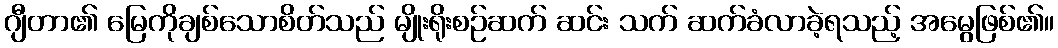
ဂျီတာ၏ မြေကိုချစ်သောစိတ်သည် မျိုးရိုးစဉ်ဆက် ဆင်း သက် ဆက်ခံလာခဲ့ရသည့် အမွေဖြစ်၏။